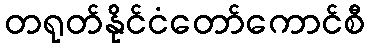
တရုတ်နိုင်ငံတော်ကောင်စီ